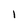
Character: 1